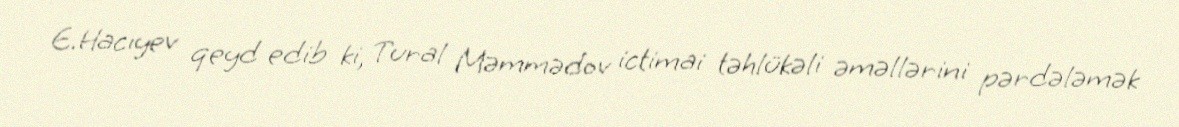
E.Hacıyev qeyd edib ki, Tural Məmmədov ictimai təhlükəli əməllərini pərdələmək